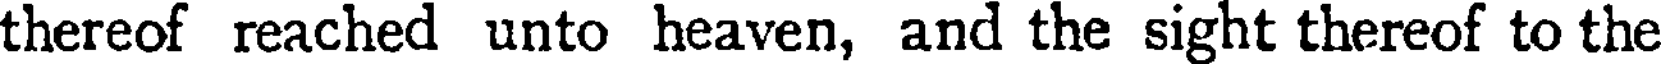
thereof reached unto heaven, and the sight thereof to the